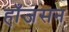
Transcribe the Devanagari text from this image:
हाँजसन